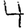
Digit: 4